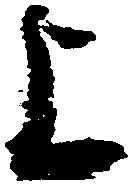
上